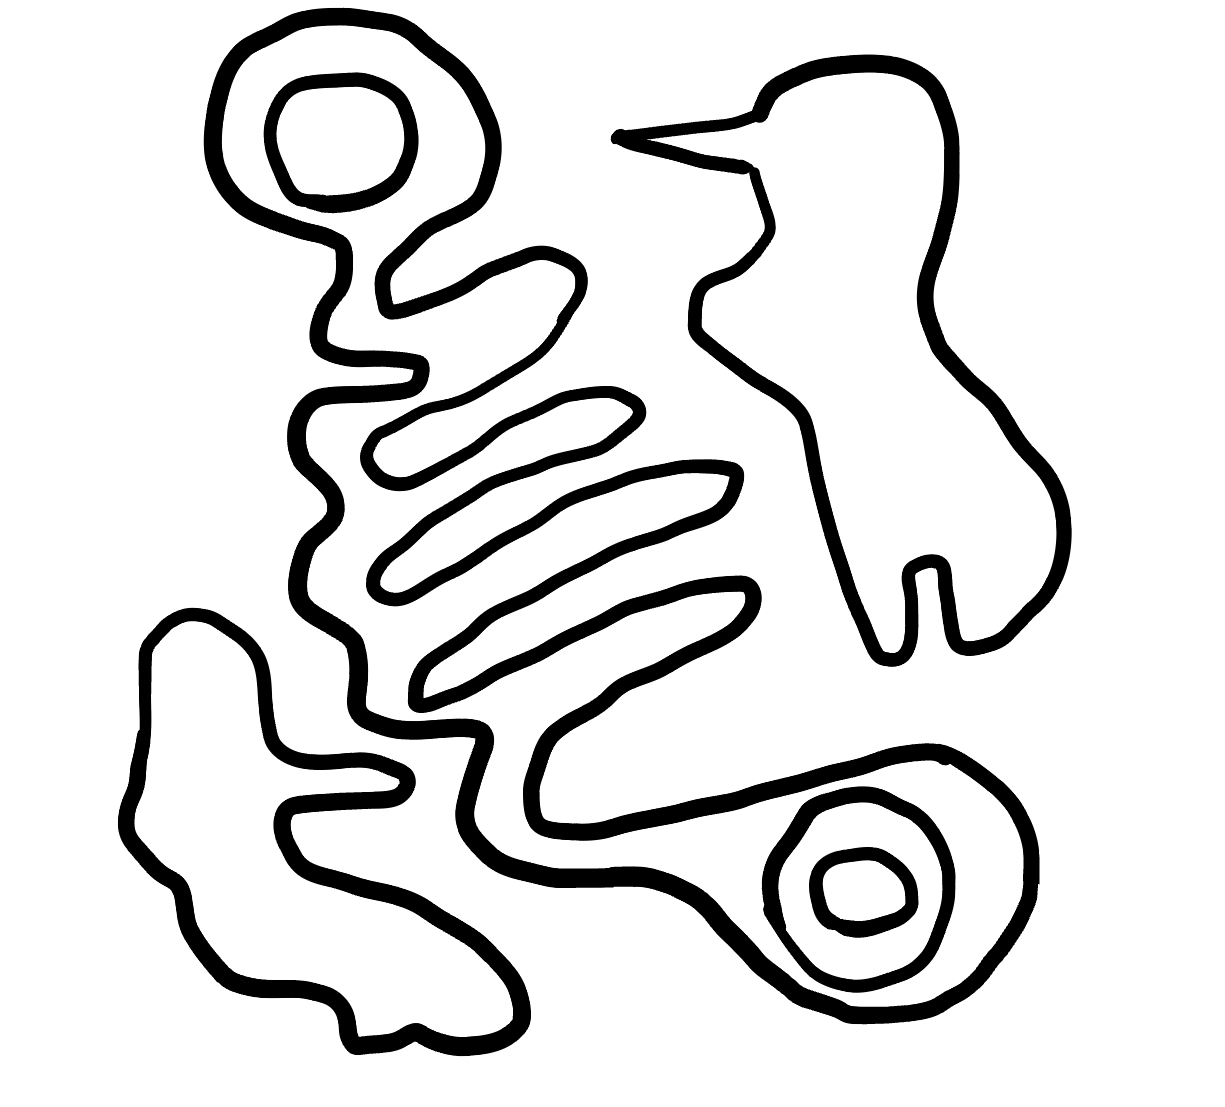
Number of regions (including the outer root region): 7
Containment tree edges (parent, child): 0, 1, 0, 2, 0, 3, 3, 4, 3, 6, 4, 5